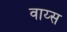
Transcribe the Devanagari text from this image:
वाय्स